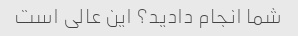
شما انجام دادید؟ این عالی است